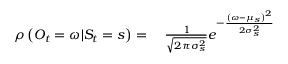
\begin{array} { r l } { \rho \left( O _ { t } = \omega \vert S _ { t } = s \right) = { } } & { { } \frac { 1 } { \sqrt { 2 \pi \sigma _ { s } ^ { 2 } } } e ^ { - \frac { \left( \omega - \mu _ { s } \right) ^ { 2 } } { 2 \sigma _ { s } ^ { 2 } } } } \end{array}